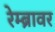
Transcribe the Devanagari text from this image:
रेम्ब्रावर